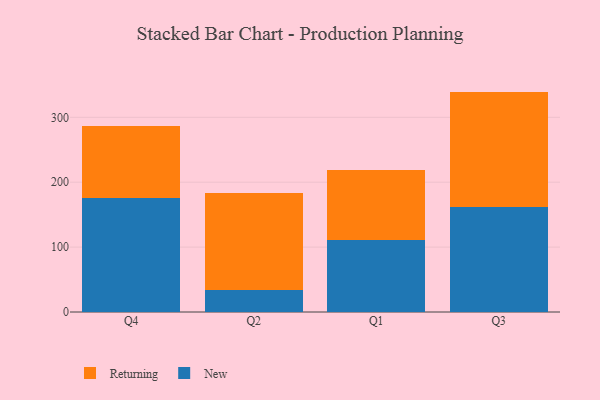
{"axis": {"x": "Quarter", "y": "Energy Usage (MWh)"}, "legend": ["New", "Returning"], "data": [{"x": "Q4", "y": 175.7, "type": "New"}, {"x": "Q4", "y": 111.6, "type": "Returning"}, {"x": "Q2", "y": 34.3, "type": "New"}, {"x": "Q2", "y": 148.3, "type": "Returning"}, {"x": "Q1", "y": 110.6, "type": "New"}, {"x": "Q1", "y": 107.8, "type": "Returning"}, {"x": "Q3", "y": 162.0, "type": "New"}, {"x": "Q3", "y": 177.6, "type": "Returning"}]}